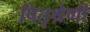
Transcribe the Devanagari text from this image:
पितृश्रेणी